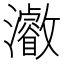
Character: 𱪐